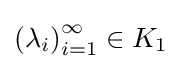
\left(\lambda _{i}\right)_{i=1}^{\infty }\in K_{1}